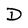
Character: D